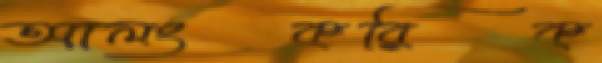
আলংকরিক